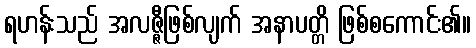
ရဟန်းသည် အလဇ္ဇီဖြစ်လျက် အနာပတ္တိ ဖြစ်စကောင်း၏။